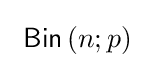
\ {\mathsf {Bin}}\left(n;p\right)\